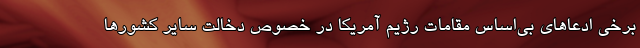
برخی ادعاهای بی‌اساس مقامات رژیم آمریکا در خصوص دخالت سایر کشورها